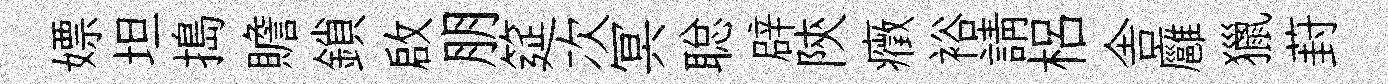
嫖坦搗贍鎖啟朋筵次冥聪辟陝癥裕請梠舎廱獵葑